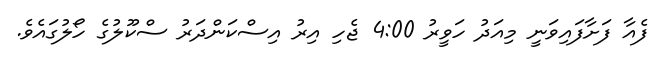
ފެއާ ފަށާފައިވަނީ މިއަދު ހަވީރު 4:00 ޖެހި އިރު އިސްކަންދަރު ސްކޫލުގެ ހޯލުގައެވެ.